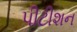
પીટીશન